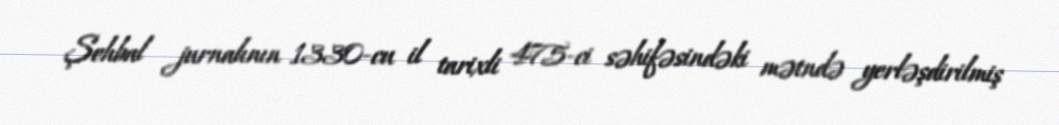
Şehbal jurnalının 1330-cu il tarixli 475-ci səhifəsindəki mətndə yerləşdirilmiş